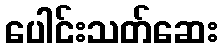
ပေါင်းသတ်ဆေး